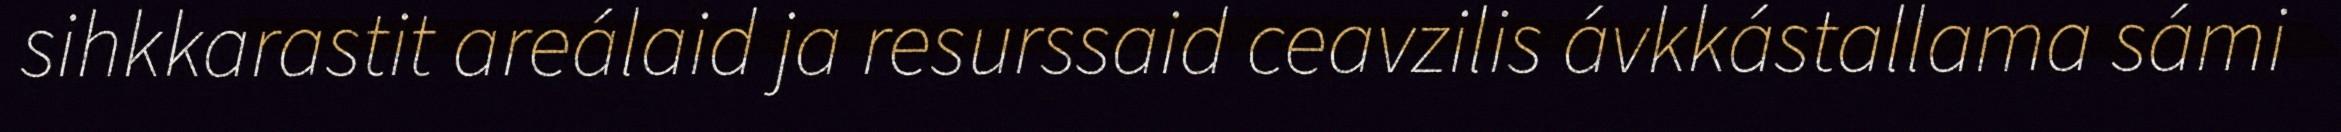
sihkkarastit areálaid ja resurssaid ceavzilis ávkkástallama sámi